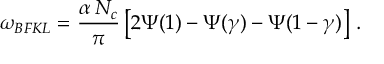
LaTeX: \omega _ { B F K L } = \frac { \alpha \, N _ { c } } { \pi } \left[ 2 \Psi ( 1 ) - \Psi ( \gamma ) - \Psi ( 1 - \gamma ) \right] \, .